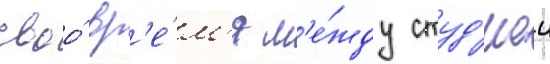
своо́ вр'е́м'я м'е́жду студ'иеи